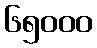
၆၅၀၀၀